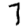
Digit: 7